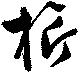
旂